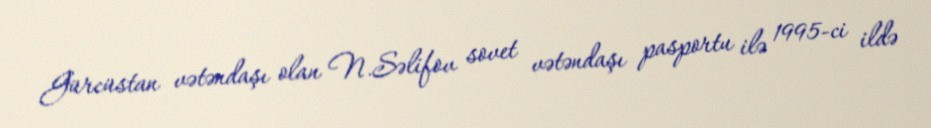
Gürcüstan vətəndaşı olan N.Səlifov sovet vətəndaşı pasportu ilə 1995-ci ildə